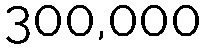
300,000